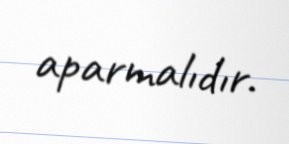
aparmalıdır.